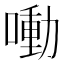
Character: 㗢